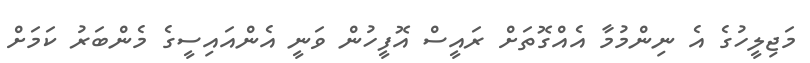
މަޖިލީހުގެ އެ ނިންމުމާ އެއްގޮތަށް ރައީސް އޮފީހުން ވަނީ އެންއައިސީގެ މެންބަރު ކަމަށް